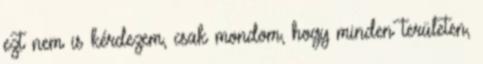
ezt nem is kérdezem, csak mondom, hogy minden területen,